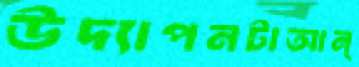
উদ্যাপনটাআন্